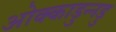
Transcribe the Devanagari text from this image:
ओक्काडुन्नडु